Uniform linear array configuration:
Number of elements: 12
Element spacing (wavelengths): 0.5
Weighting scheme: kaiser
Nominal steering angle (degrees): -30
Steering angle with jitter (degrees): -30.54
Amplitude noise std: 0.05
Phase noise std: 0.05

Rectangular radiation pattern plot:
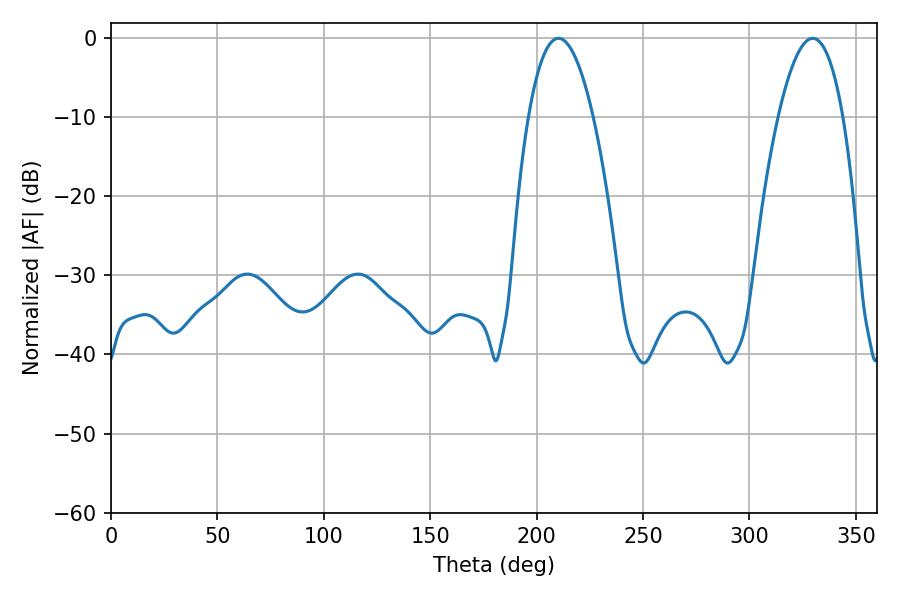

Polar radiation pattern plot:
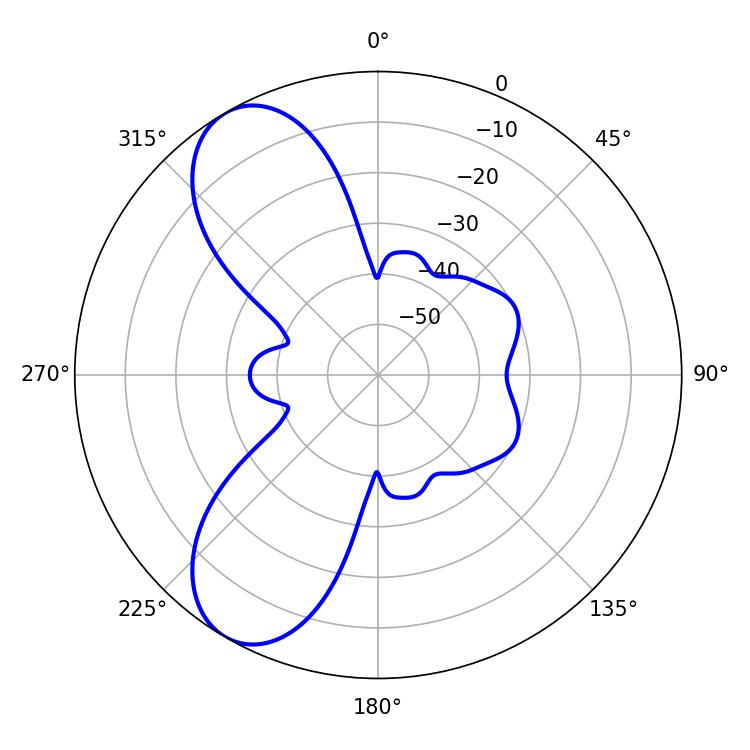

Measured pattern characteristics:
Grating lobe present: FALSE
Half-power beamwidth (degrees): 16.92
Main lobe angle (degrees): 210.24